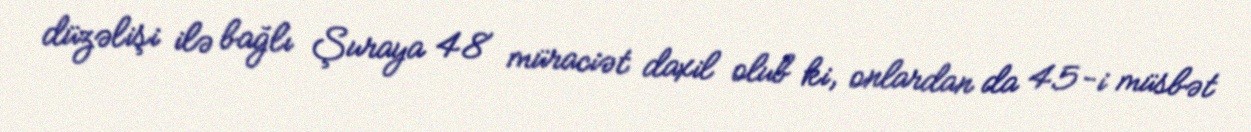
düzəlişi ilə bağlı Şuraya 48 müraciət daxil olub ki, onlardan da 45-i müsbət